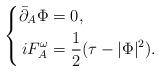
LaTeX: \begin{align*}\left\{\begin{aligned}\bar\partial_A\Phi &=0,\\iF_{A}^{\omega} &=\frac12(\tau-|\Phi|^2).\end{aligned}\right.\end{align*}